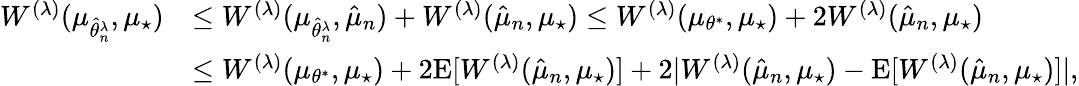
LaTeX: \begin{array}{rl}{W^{(\lambda)}(\mu_{\hat{\theta}_{n}^{\lambda}},\mu_{\star})}&{\leq W^{(\lambda)}(\mu_{\hat{\theta}_{n}^{\lambda}},\hat{\mu}_{n})+W^{(\lambda)}(\hat{\mu}_{n},\mu_{\star})\leq W^{(\lambda)}(\mu_{\theta^{*}},\mu_{\star})+2W^{(\lambda)}(\hat{\mu}_{n},\mu_{\star})}\\ &{\leq W^{(\lambda)}(\mu_{\theta^{*}},\mu_{\star})+2\mathrm{E}[W^{(\lambda)}(\hat{\mu}_{n},\mu_{\star})]+2\vert W^{(\lambda)}(\hat{\mu}_{n},\mu_{\star})-\mathrm{E}[W^{(\lambda)}(\hat{\mu}_{n},\mu_{\star})]\vert,}\end{array}